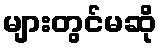
များတွင်မဆို